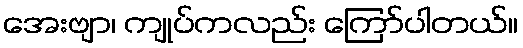
အေးဗျာ၊ ကျုပ်ကလည်း ကြော်ပါတယ်။